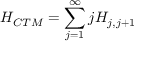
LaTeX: H _ { C T M } = \sum _ { j = 1 } ^ { \infty } j H _ { j , j + 1 }